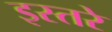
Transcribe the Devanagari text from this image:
इस्तरे